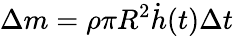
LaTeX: \Delta m=\rho\pi R^{2}\dot{h}(t)\Delta t